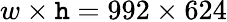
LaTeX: w\times\mathtt{h}=992\times624